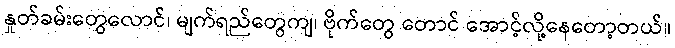
နှုတ်ခမ်းတွေလောင်၊ မျက်ရည်တွေကျ၊ ဗိုက်တွေ တောင် အောင့်လို့နေတော့တယ်။